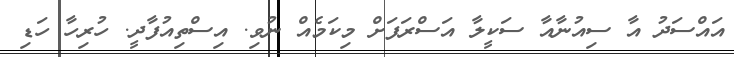
އައްސަދު އާ ސިއުނާއާ ސަކީލާ އަސްރަފަށް މިކަމެއް ނުވި. އިސްތިއުފާދީ. ހުރިހާ ހަޑި